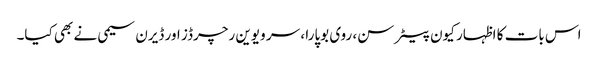
اس بات کا اظہار کیون پیٹرسن، روی بوپارا ، سر ویوین رچرڈز اور ڈیرن سیمی نے بھی کیا۔